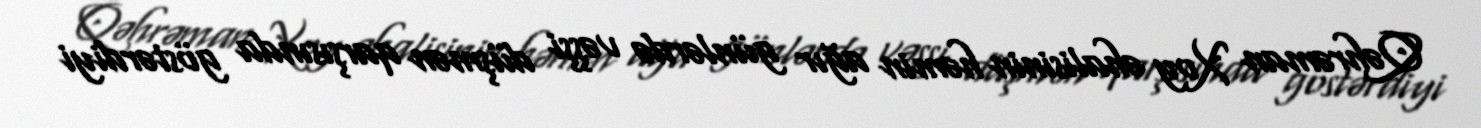
Qəhrəman Xoy əhalisinin həmin ağır günlərdə vəşşi düşmən qarşısında göstərdiyi